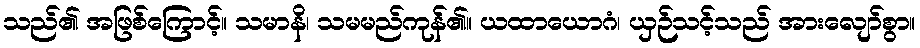
သည်၏ အဖြစ်ကြောင့်။ သမာနိ၊ သမမည်ကုန်၏။ ယထာယောဂံ၊ ယှဉ်သင့်သည် အားလျော်စွာ။